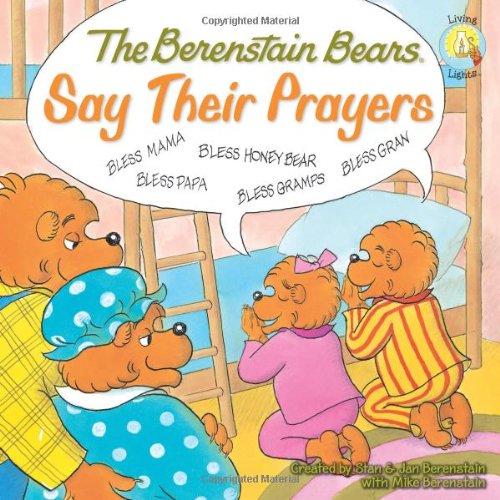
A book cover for The Berenstain Bears Say Their Prayers (Berenstain Bears/Living Lights); Mike Berenstain; Children's Books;